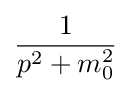
{\frac {1}{p^{2}+m_{0}^{2}}}